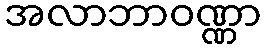
အလာဘာဝဏ္ဏာ